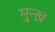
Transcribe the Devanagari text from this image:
मुन्ख़